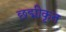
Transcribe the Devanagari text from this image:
छद्मीकृत